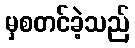
မှစတင်ခဲ့သည်